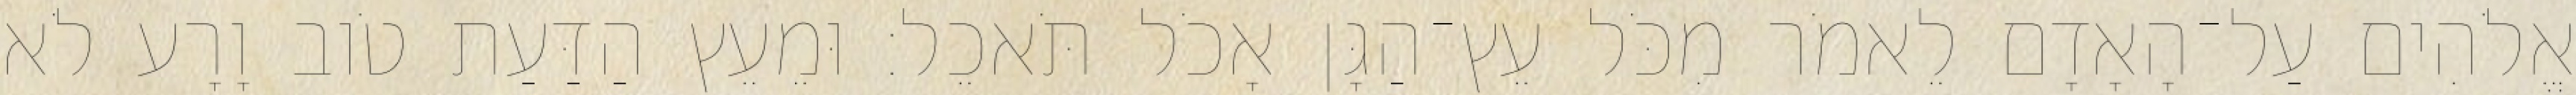
אֱלֹהִים עַל־הָאָדָם לֵאמֹר מִכֹּל עֵץ־הַגָּן אָכֹל תֹּאכֵל׃ וּמֵעֵץ הַדַּעַת טֹוב וָרָע לֹא